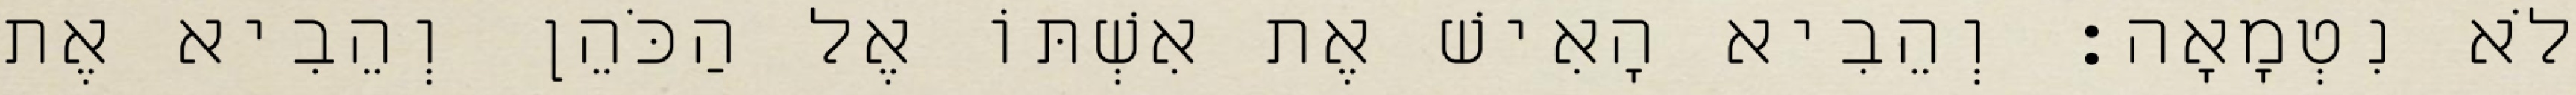
לֹא נִטְמָאָה׃ וְהֵבִיא הָאִישׁ אֶת אִשְׁתּוֹ אֶל הַכֹּהֵן וְהֵבִיא אֶת